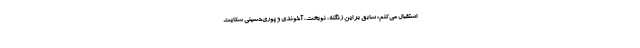
استقبال می‌کنم؛ سابق بر این زنگنه، نوبخت، آخوندی و پوری‌حسینی شکایت